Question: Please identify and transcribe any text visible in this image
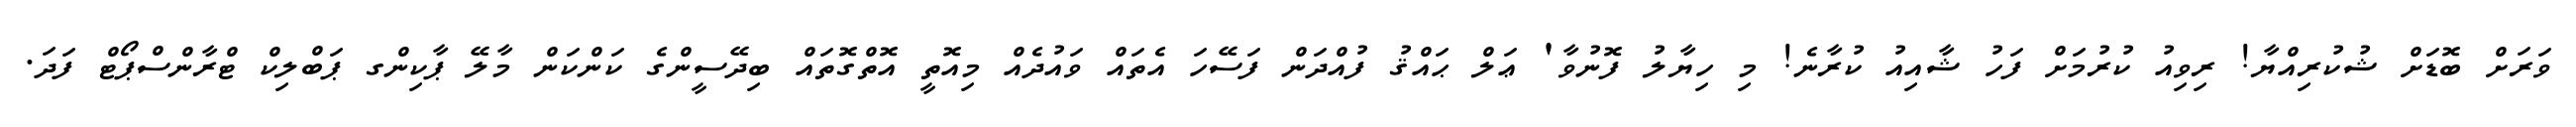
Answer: ވަރަށް ބޮޑަށް ޝުކުރިއްޔާ! ރިވިއު ކުރުމަށް ފަހު ޝާއިއު ކުރާނެ! މި ހިޔާލު ފޮނުވާ' ޢަލް ޙައްޤު ފުއްދަން ފަސޭހަ އެތައް ވައުދެއް މިއޮތީ އޮތްގޮތައް ބިދޭސީންގެ ކަންކަން މާލޭ ޕާކިންގ ޕަބްލިކް ޓްރާންސްޕޯޓް ފަދަ.